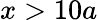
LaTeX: x>10a